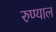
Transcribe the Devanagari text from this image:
रुण्याल